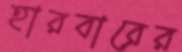
হারবারের